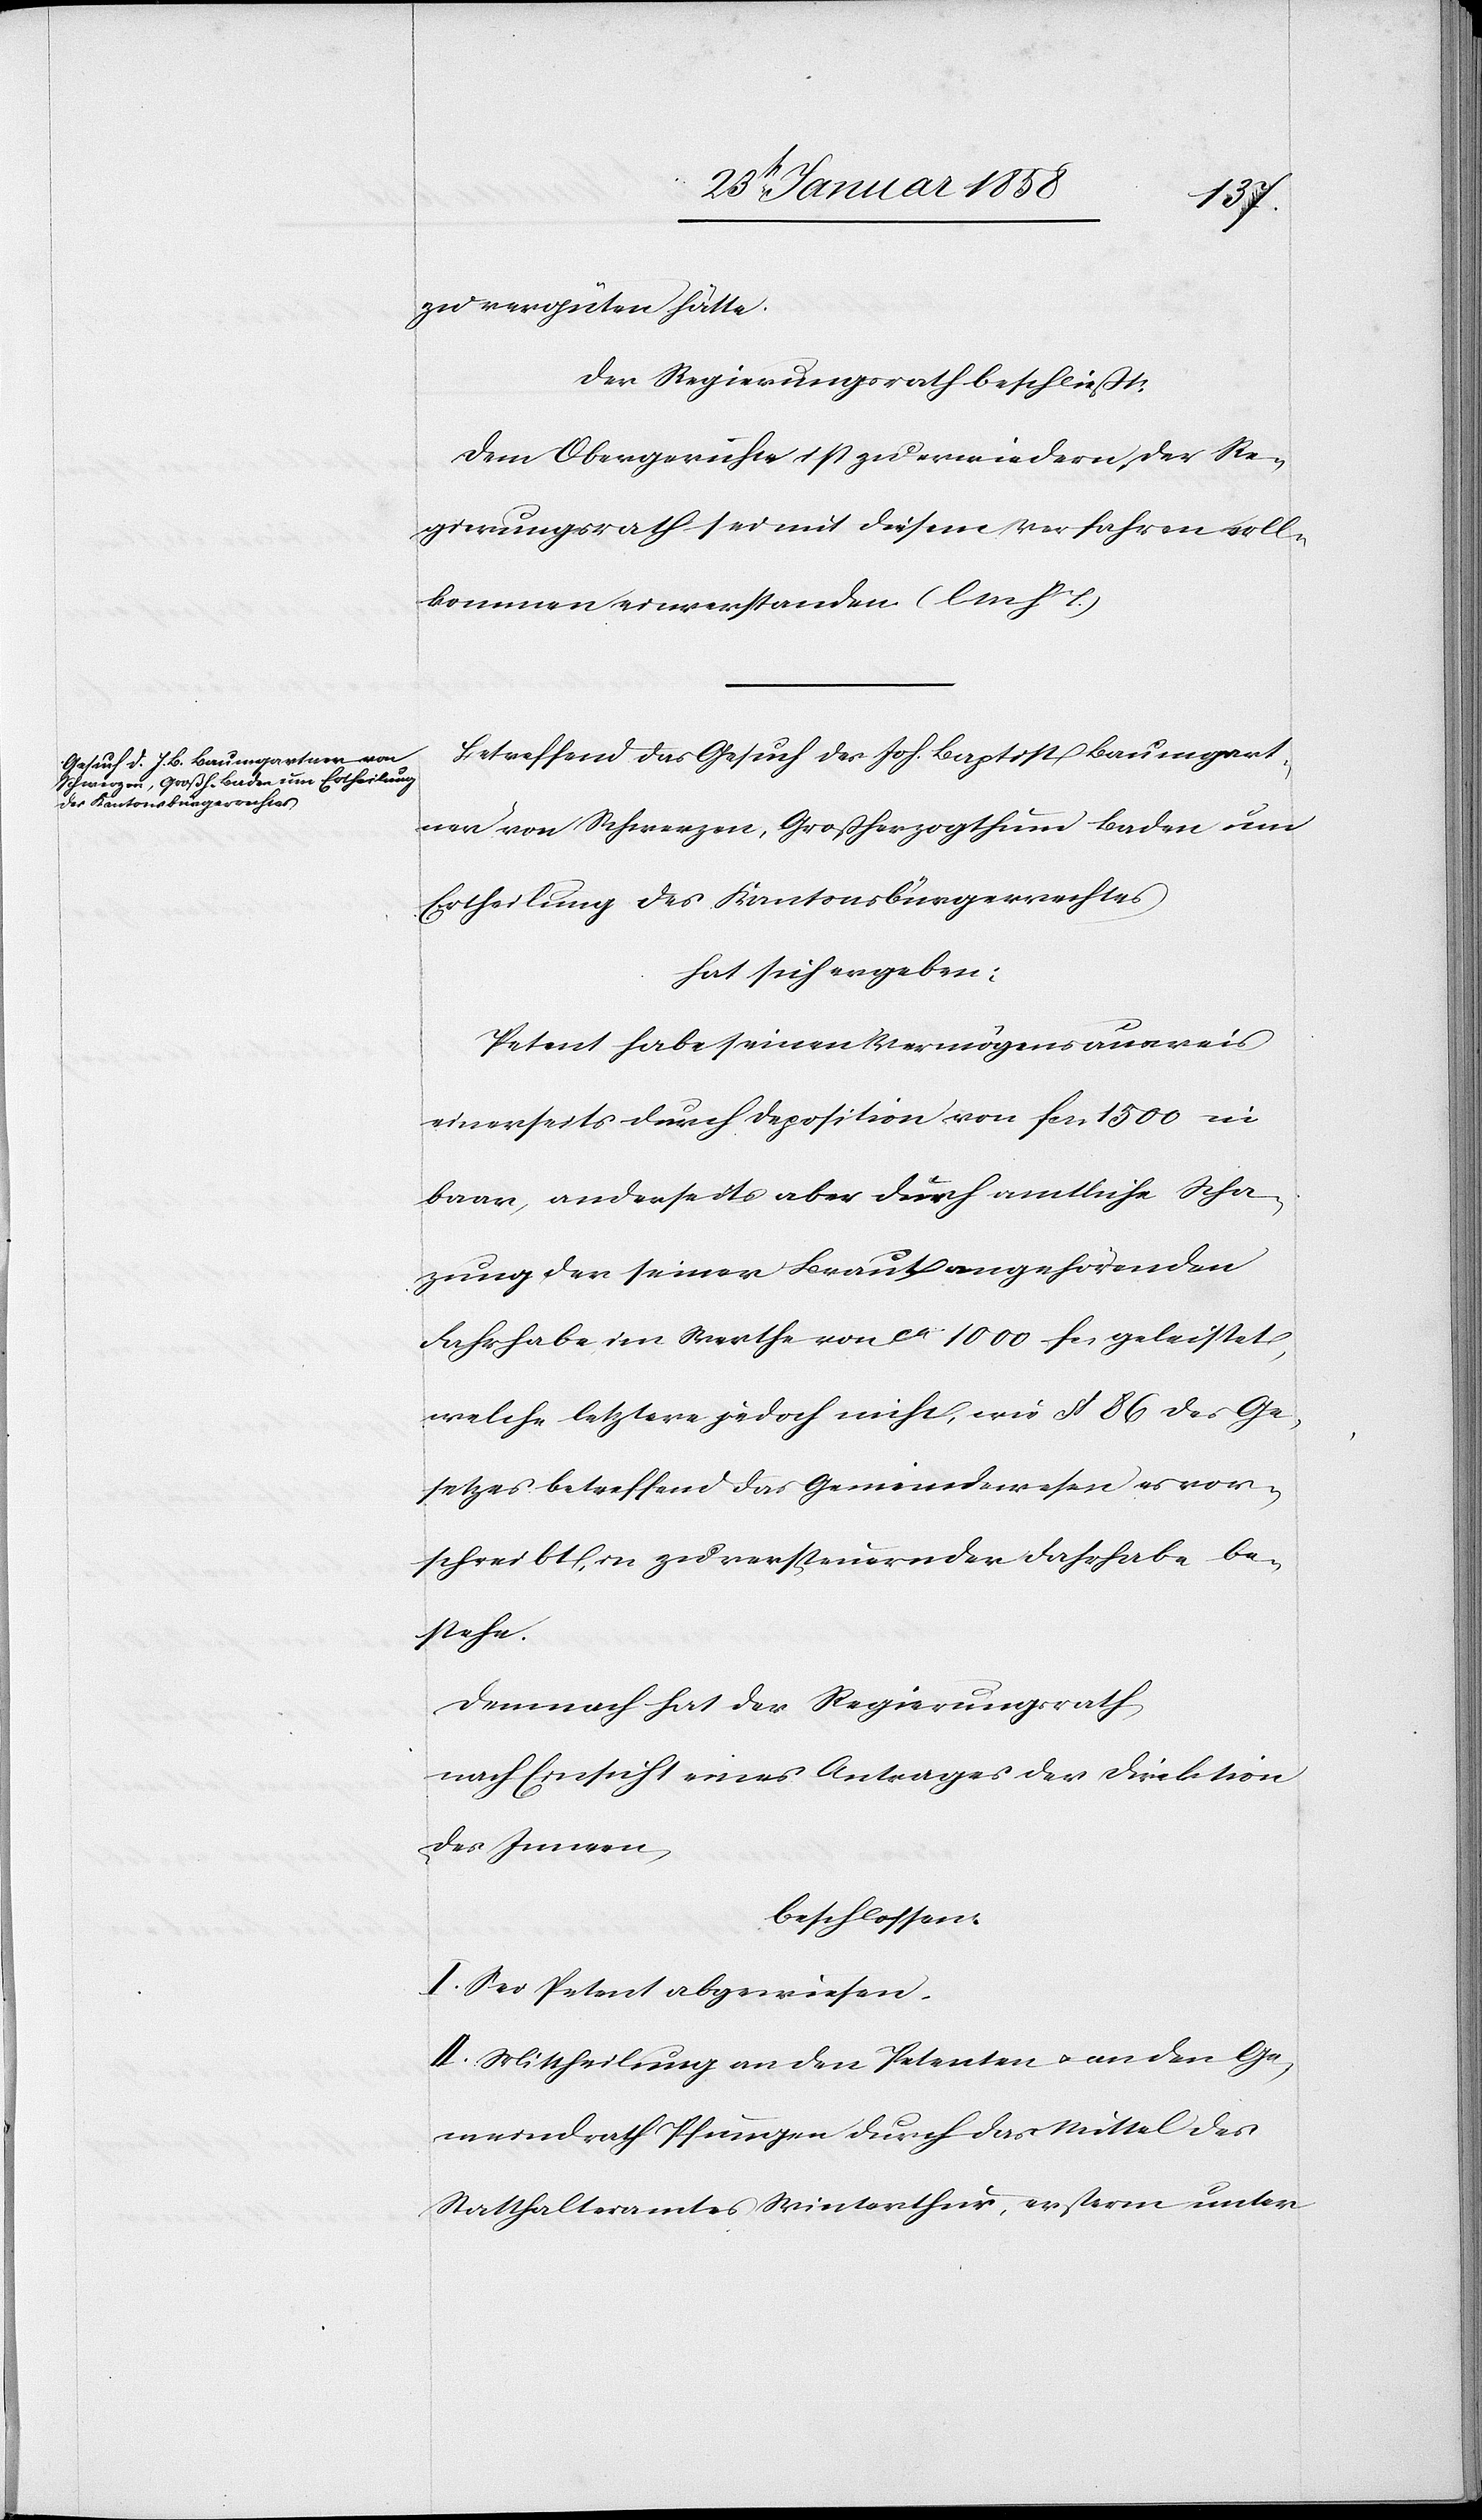
zu vergüten hätte.
Der Regierungsrath beschließt:
Dem Obergerichte ist zu erwiedern, der Re¬
gierungsrath sei mit diesem Verfahren voll¬
kommen einverstanden (l. M. h. T.)
Betreffend das Gesuch des Joh. Baptist Baumgart¬
ner von Schwerzen, Großherzogthum Baden um
Ertheilung des Kantonsbürgerrechts
hat sich ergeben:
Petent habe seinen Vermögensausweis
einerseits durch Deposition von fcs. 1500 in
baar, anderseits aber durch amtliche Scha¬
zung der seiner Braut angehörenden
Fahrhabe im Werthe von ca 1000 fcs geleistet,
welche letztere jedoch nicht, wie § 86 des Ge¬
setzes betreffend das Gemeindewesen es vor¬
schreibt, in zu versteuernder Fahrhabe be¬
stehe.
Demnach hat der Regierungsrath
nach Einsicht eines Antrages der Direktion
des Innern,
beschlossen:
I. Sei Petent abgewiesen.
II. Mittheilung an den Petenten u. an den Ge¬
meindrath Pfungen durch das Mittel des
Statthalteramtes Winterthur, ersterm unter